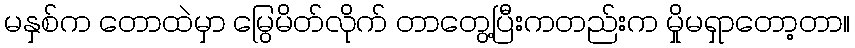
မနှစ်က တောထဲမှာ မြွေမိတ်လိုက် တာတွေ့ပြီးကတည်းက မှိုမရှာတော့တာ။